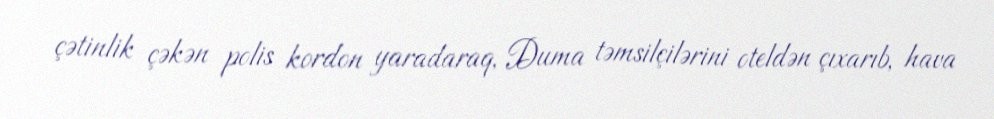
çətinlik çəkən polis kordon yaradaraq, Duma təmsilçilərini oteldən çıxarıb, hava